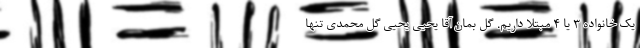
یک خانواده ۳ یا ۴ مبتلا داریم. گُل بمان آقا یحیی یحیی گل محمدی تنها